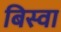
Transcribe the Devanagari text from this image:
बिस्‍वा